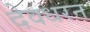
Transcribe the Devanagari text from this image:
देवधरन